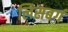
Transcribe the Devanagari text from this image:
लिसबर्ग